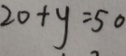
2 0 + y = 5 0